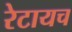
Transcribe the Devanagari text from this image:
रेटायच